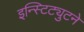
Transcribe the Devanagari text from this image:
इन्स्टिट्युटने